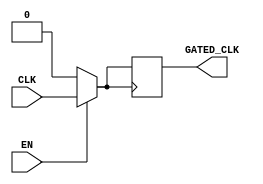
module clock_gating (
    input wire CLK,       // Primary clock signal
    input wire EN,        // Enable signal
    output reg GATED_CLK  // Gated clock output
);

// Internal signal to avoid glitches
reg clk_buffer;

always @* begin
    if (EN) begin
        clk_buffer = CLK;  // Pass the clock signal
    end else begin
        clk_buffer = 1'b0; // Ground the clock signal
    end
end

// Gated clock output
always @(posedge clk_buffer) begin
    GATED_CLK <= clk_buffer; // Update gated clock on positive edge
end

endmodule